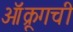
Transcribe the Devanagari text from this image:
ऑक्रूगची